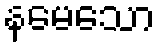
နမေသော